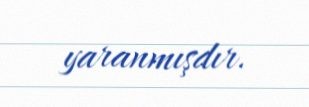
yaranmışdır.